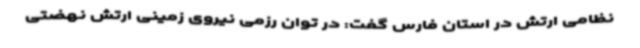
نظامی ارتش در استان فارس گفت: در توان رزمی نیروی زمینی ارتش نهضتی